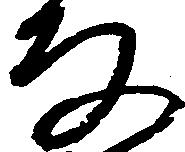
な